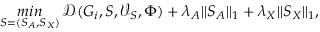
\mathop { m i n } _ { S = ( S _ { A } , S _ { X } ) } \mathcal { D } ( G _ { i } , S , \mathcal { V } _ { S } , \Phi ) + \lambda _ { A } | | S _ { A } | | _ { 1 } + \lambda _ { X } | | S _ { X } | | _ { 1 } ,